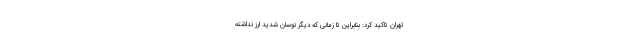
تهران تاکید کرد: بنابراین تا زمانی که دیگر نوسان شدید ارز نداشته